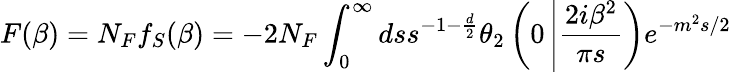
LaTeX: F(\beta)=N_{F}f_{S}(\beta)=-2N_{F}\int_{0}^{\infty}dss^{-1-\frac{d}{2}}\theta_{2}\left(0\left|\frac{2i\beta^{2}}{\pi s}\right.\right)e^{-m^{2}s/2}